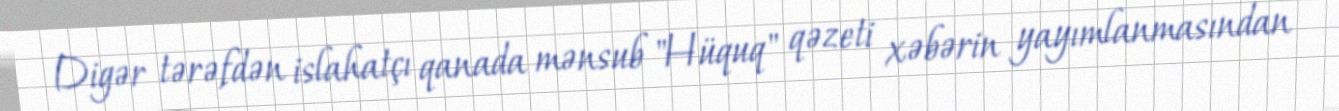
Digər tərəfdən islahatçı qanada mənsub "Hüquq" qəzeti xəbərin yayımlanmasından